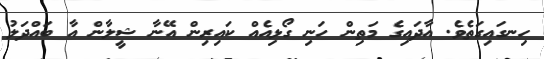
ހިނގައިގަތެވެ. އާދައިގެ މަތިން ހަނި ގޯޅިއެއް ކައިރިން އޭނާ ޝީލާން އާ ބައްދަލު